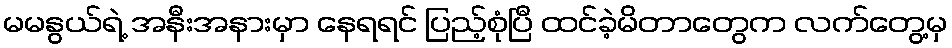
မမနွယ်ရဲ့ အနီးအနားမှာ နေရရင် ပြည့်စုံပြီ ထင်ခဲ့မိတာတွေက လက်တွေ့မှ